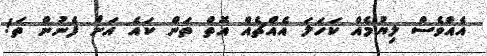
އެއްވެސް ލިޔުމެއް ކަހަލަ އެއްޗެއް އޮތް ތަން ކައެ އަށް ފެނުން ތަ!